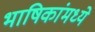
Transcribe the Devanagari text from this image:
भाषिकांमध्ये